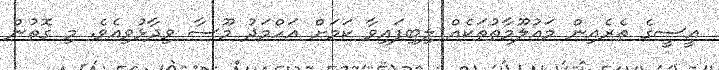
އީސީގެ ތެރެއިން މައުލޫމާތުތަކެއް ލިބިފައިވާ ކަމަށް އަހްމަދު މޫސާ ވިދާޅުވިއެވެ. މި ގޮތުން